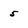
Character: 5